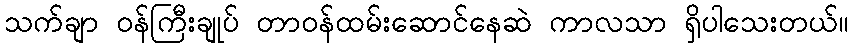
သက်ချာ ဝန်ကြီးချုပ် တာဝန်ထမ်းဆောင်နေဆဲ ကာလသာ ရှိပါသေးတယ်။